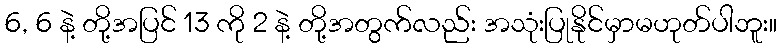
6, 6 နဲ့ တို့အပြင် 13 ကို 2 နဲ့ တို့အတွက်လည်း အသုံးပြုနိုင်မှာမဟုတ်ပါဘူး။